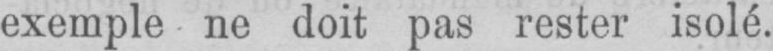
exemple ne doit pas rester isolé.